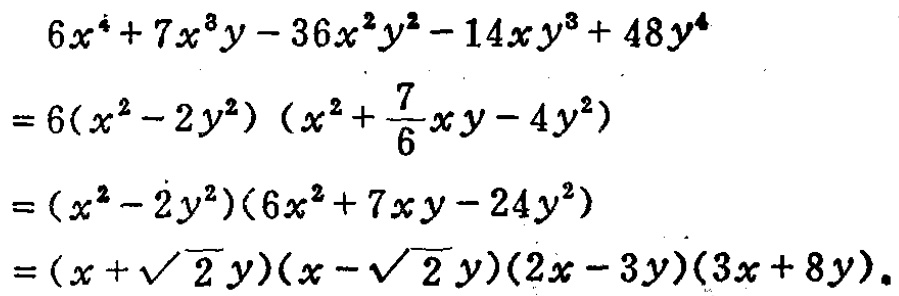
\[
\begin{align*}
&6x^{4}+7x^{3}y - 36x^{2}y^{2}-14xy^{3}+48y^{4}\\
=&6(x^{2}-2y^{2})(x^{2}+\frac{7}{6}xy - 4y^{2})\\
=&(x^{2}-2y^{2})(6x^{2}+7xy - 24y^{2})\\
=&(x + \sqrt{2}y)(x - \sqrt{2}y)(2x - 3y)(3x + 8y).
\end{align*}
\]